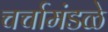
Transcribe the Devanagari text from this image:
चर्चामंडळे